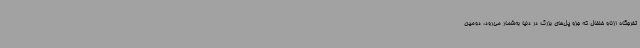
تفرجگاه ازناو خلخال که جزو پل‌های بزرگ در دنیا به‌شمار می‌رود، دومین